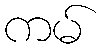
ကမ်